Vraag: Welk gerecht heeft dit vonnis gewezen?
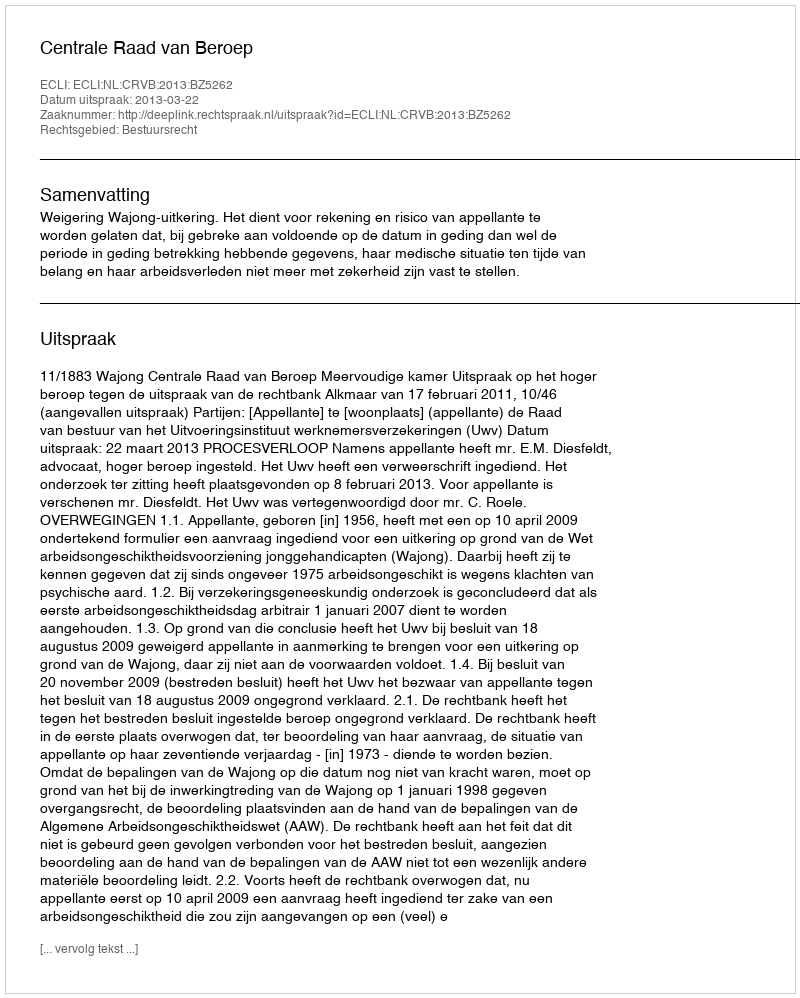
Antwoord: Centrale Raad van Beroep